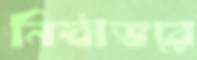
নিষ্ঠাভরে